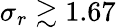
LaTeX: \sigma_{r}\gtrsim 1.67